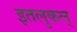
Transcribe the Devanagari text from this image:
इतलुकल्